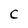
Character: c